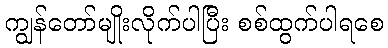
ကျွန်တော်မျိုးလိုက်ပါပြီး စစ်ထွက်ပါရစေ